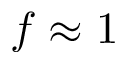
f \approx 1